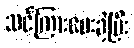
သင်ကြားပေးခဲ့ပြီး